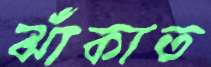
ঝাঁকাত